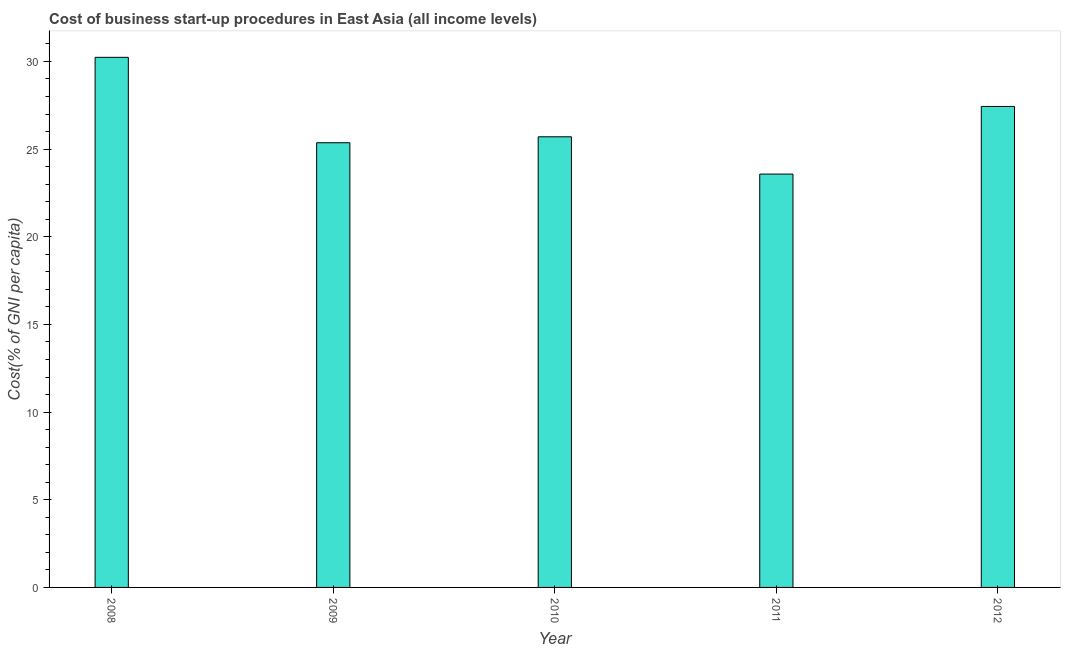
| Year | Cost |
 | --- | --- |
 | 2008 | 30.2 |
 | 2009 | 25.4 |
 | 2010 | 25.7 |
 | 2011 | 23.6 |
 | 2012 | 27.4 |